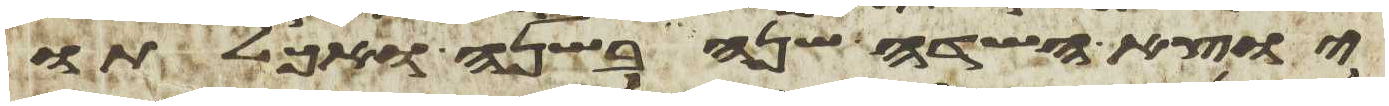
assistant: יוצא השדה שנה בשנה ואכלתו